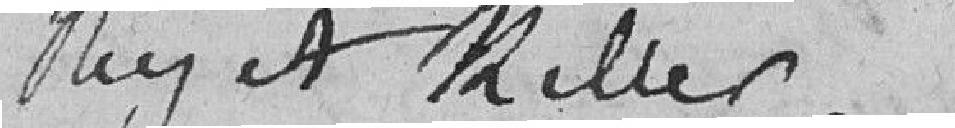
Rey et Keller